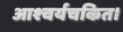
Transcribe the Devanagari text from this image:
आश्चर्यचकित।